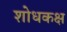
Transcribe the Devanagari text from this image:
शोधकक्ष